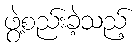
ဖွဲ့စည်းခဲ့သည့်